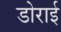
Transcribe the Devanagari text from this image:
डोराई